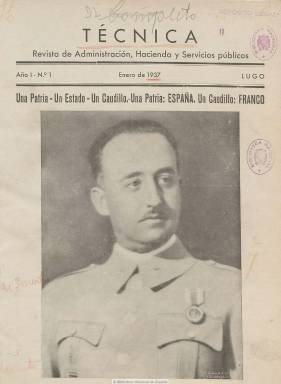
Título: Técnica (Lugo)
Colección: Guerra civil
Ámbito geográfico: Lugo
Lugar de publicación: Lugo
Fechas: 01/01/1937-31/12/1937

Con el subtítulo “revista de Administración, Hacienda y Servicios públicos”, comienza a publicarse en enero de 1937, por la Editorial Celta, de Lugo, ciudad que había quedado en poder de lo sublevados desde su golpe militar de seis meses antes. Aparece como gerente y confeccionador de la publicación Francisco Esteban González (1898-), madrileño que se había establecido en esa ciudad como propietario de la Librería-Papelería del mismo nombre. El director técnico-jurídico es Manuel Segura, del que indica que es, además de publicista, excatedrático de Derecho Administrativo del Instituto Anglo-Franco Español y miembro del Cuerpo de Administración Local.

Ambos reproducirán y publicitarán los decretos, órdenes y demás normas que van dictando los órganos de poder que venían siendo constituidos por los dirigentes del levantamiento militar, como la Junta de Defensa Nacional y la Junta Técnica del Estado, o el mismo “generalisimo” Francisco Franco, como “jefe supremo”, y a insertar algunos artículos doctrinales sobre derecho Administrativo, al considerar que todo ello es de interés para ayuntamientos, diputaciones, juzgados, recaudadores o contratistas de obras y contribuyentes en general del “nuevo” Estado en ciernes.

Al mismo tiempo insertará textos laudatorios del movimiento insurrecto y de sus figuras representativas. Así, en sus cubiertas, bajo el lema “una Patria, un Estado, un Caudillo”, publicará los retratos y semblanzas de los generales Francisco Franco (dos fotograbados de Galáico), Miguel Primo de Rivera y Miguel Cabanellas; de los políticos José Calvo Sotelo y José Antonio Primo de Rivera, además de los de San Isidro y Santiago apóstol (como patrón de España), así como unas instantáneas de la concentración falangista de la Plaza Mayor de Salamanca, capital de las autoridades rebeldes, y de una regata en la bahía de La Coruña, ciudad a la que bautiza como “alma de la Gran Cruzada”.

Además de cultivar el culto a la personalidad y ofrecer pinceladas del imaginario de lo que va siendo una “nueva España” y un “nuevo imperio”, a través de la sección El mundo en marcha, el propietario de la revista publicitará en sus páginas las publicaciones relacionadas con el “Glorioso Movimiento Nacional” que tiene a la venta en su Liberaría-Papelería, en el número 6 de la calle San Pedro, de Lugo. Y señalando que se trata de “una revista absolutamente nueva por su orientación, contenido y redacción”, ofrece asimismo sus servicios jurídicos, así como material de papelería, como son formularios administrativos “puestos al día y a compás de la vertiginosa evolución legislativa de nuestros días”, ficheros de servicios públicos, certificados de subsidios para combatientes, de buena conducta o del paro obrero.

Pero además en sus páginas se publican reclamos del tenor siguiente: “Vigilad todos el espionaje enemigo. Denunciad y detened a los traidores”, o el de la venta de “tarjetas postales patrióticas” para facilitar la labor de censura militar, retratos de Franco, sellos de caucho con la estampación del eslogan “¡Viva España!” o carnés para funcionarios.

Junto al citado doctor en Derecho Manuel Segura, bajo sus textos doctrinales aparecen las firmas de los abogados A. Gutiérrez de Celis y J. Rivarola, del secretario judicial Pablo Rodríguez, de los ingenieros M. Ortega Ruillac y A. Bujard, y la de doctor en Filosofía y Letras M. Castillo Benavides. La colección de la Biblioteca Nacional la integran diez entregas, de 36 páginas cada una, correspondiendo la última a noviembre de ese mismo año, desconociéndose si se editó algún número más de este título, en el que se había prometido insertar unos índices.